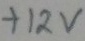
Text: +12v